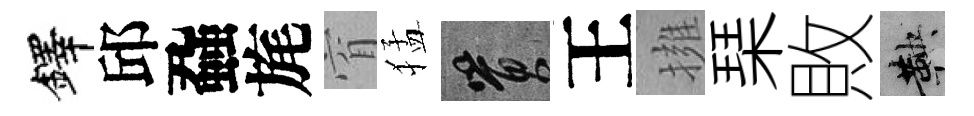
鐸邱蝨旄窅猛篔王擁琹敗鞅